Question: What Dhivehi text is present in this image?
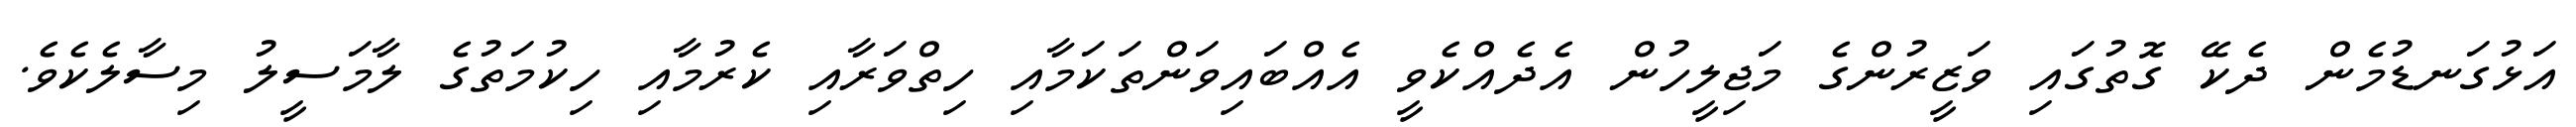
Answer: އަޅުގަނޑުމެން ދެކޭ ގޮތުގައި ވަޒީރުންގެ މަޖިލީހުން އެދެއްކެވީ އެއްބައިވަންތަކަމާއި ހިތްވަރާއި ކެރުމާއި ހިކުމަތުގެ ލާމަސީލު މިސާލެކެވެ.